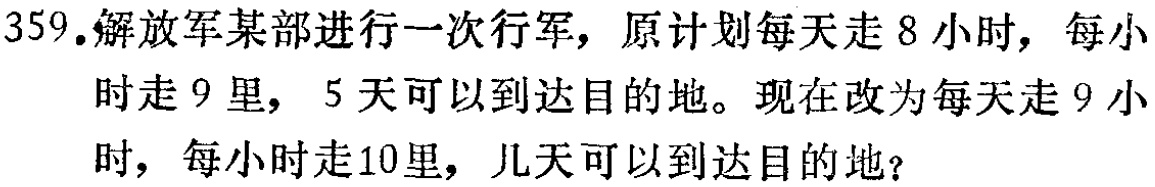
359.解放军某部进行一次行军，原计划每天走8小时，每小时走9里，5天可以到达目的地。现在改为每天走9小时，每小时走10里，几天可以到达目的地？